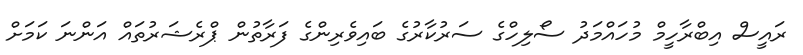
ރައީސް އިބްރާހީމް މުހައްމަދު ސޯލިހްގެ ސަރުކާރުގެ ބައިވެރިންގެ ފަރާތުން ޕްރެޝަރުތައް އަންނަ ކަމަށް